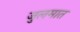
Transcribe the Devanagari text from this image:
जुलमात